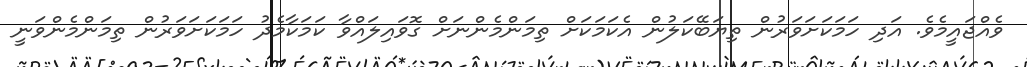
ވެއްޖައީމެވެ. އަދި ހަމަކަށަވަރުން ތިޔަބޭކަލުން އެކަމަކަށް ތިމަންމެންނަށް ގޮވައިލައްވާ ކަމަކާމެދު ހަމަކަށަވަރުން ތިމަންމެންވަނީ